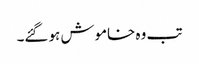
تب وہ خاموش ہو گئے۔